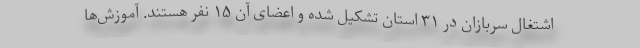
اشتغال سربازان در ۳۱ استان تشکیل شده و اعضای آن ۱۵ نفر هستند. آموزش‌ها